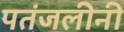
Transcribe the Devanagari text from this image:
पतंजलीनी